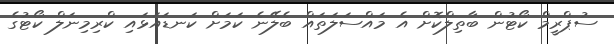
ސުޕްރީމް ކޯޓުން ބާތިލްކޮށް އެ މައްސަލަތައް ބެލޭނެ ކަމަށް ކަނޑައަޅައި ކްރިމިނަލް ކޯޓުގެ